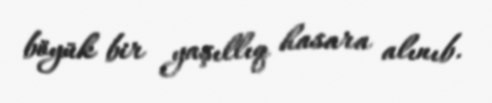
böyük bir yaşıllıq hasara alınıb.